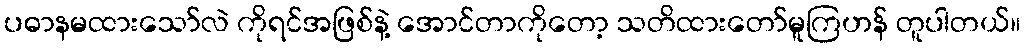
ပဓာနမထားသော်လဲ ကိုရင်အဖြစ်နဲ့ အောင်တာကိုတော့ သတိထားတော်မူကြဟန် တူပါတယ်။